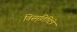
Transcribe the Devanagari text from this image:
विस्मृतिचित्रे